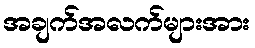
အချက်အလက်များအား